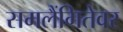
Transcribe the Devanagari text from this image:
समलैंगितेवर